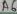
Text: A6